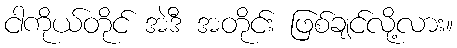
ငါကိုယ်တိုင် အဲဒီ အတိုင်း ဖြစ်ချင်လို့လား။